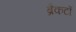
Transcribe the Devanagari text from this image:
ब्रैकटों